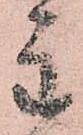
主